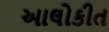
આલોકીત